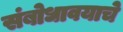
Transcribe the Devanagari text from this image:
संबोधावयाचे